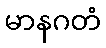
မာနဂတံ